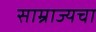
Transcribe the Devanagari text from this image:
साम्राज्यचा